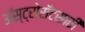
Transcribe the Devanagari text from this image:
ॲस्ट्रोसॅटसाठी